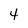
Character: 4